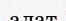
алат